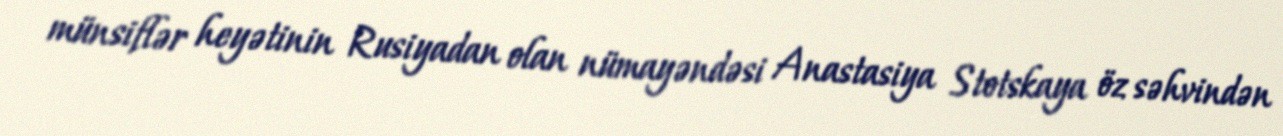
münsiflər heyətinin Rusiyadan olan nümayəndəsi Anastasiya Stotskaya öz səhvindən